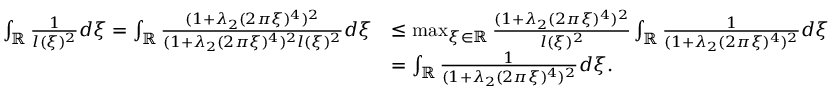
\begin{array} { r l } { \int _ { \mathbb { R } } \frac { 1 } { l ( \xi ) ^ { 2 } } d \xi = \int _ { \mathbb { R } } \frac { ( 1 + \lambda _ { 2 } ( 2 \pi \xi ) ^ { 4 } ) ^ { 2 } } { ( 1 + \lambda _ { 2 } ( 2 \pi \xi ) ^ { 4 } ) ^ { 2 } l ( \xi ) ^ { 2 } } d \xi } & { \leq \operatorname* { m a x } _ { \xi \in \mathbb { R } } \frac { ( 1 + \lambda _ { 2 } ( 2 \pi \xi ) ^ { 4 } ) ^ { 2 } } { l ( \xi ) ^ { 2 } } \int _ { \mathbb { R } } \frac { 1 } { ( 1 + \lambda _ { 2 } ( 2 \pi \xi ) ^ { 4 } ) ^ { 2 } } d \xi } \\ & { = \int _ { \mathbb { R } } \frac { 1 } { ( 1 + \lambda _ { 2 } ( 2 \pi \xi ) ^ { 4 } ) ^ { 2 } } d \xi . } \end{array}